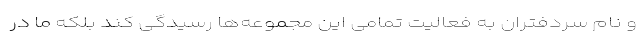
و نام سردفتران به فعالیت تمامی این مجموعه‌ها رسیدگی کند بلکه ما در